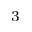
^ { 3 }